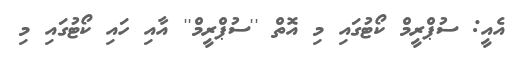
އެއީ: ސުޕްރީމް ކޯޓުގައި މި އޮތް ''ސުޕްރީމް'' އާއި ހައި ކޯޓުގައި މި